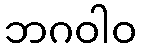
ဘဂဝါဝ